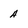
Character: A